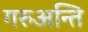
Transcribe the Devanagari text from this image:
गरुअन्ति